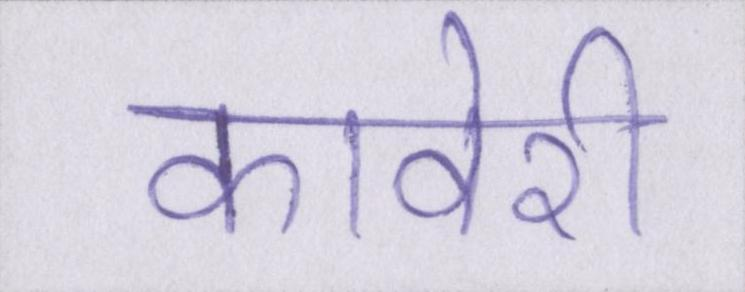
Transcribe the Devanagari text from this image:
कावेरी